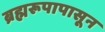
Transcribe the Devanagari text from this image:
ब्रह्मरूपापासून